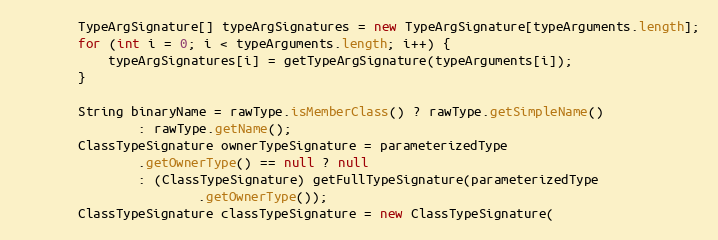
Language: Java
		TypeArgSignature[] typeArgSignatures = new TypeArgSignature[typeArguments.length];
		for (int i = 0; i < typeArguments.length; i++) {
			typeArgSignatures[i] = getTypeArgSignature(typeArguments[i]);
		}

		String binaryName = rawType.isMemberClass() ? rawType.getSimpleName()
				: rawType.getName();
		ClassTypeSignature ownerTypeSignature = parameterizedType
				.getOwnerType() == null ? null
				: (ClassTypeSignature) getFullTypeSignature(parameterizedType
						.getOwnerType());
		ClassTypeSignature classTypeSignature = new ClassTypeSignature(